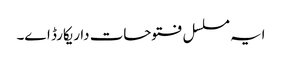
ایہ مسلسل فتوحات دا ریکارڈ ا‏‏ے۔